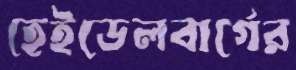
হেইডেলবার্গের